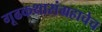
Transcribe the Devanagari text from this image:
गूढकथासंग्रहाचेच